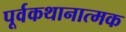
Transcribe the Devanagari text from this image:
पूर्वकथानात्मक